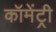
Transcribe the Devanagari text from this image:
कॉमेंट्री